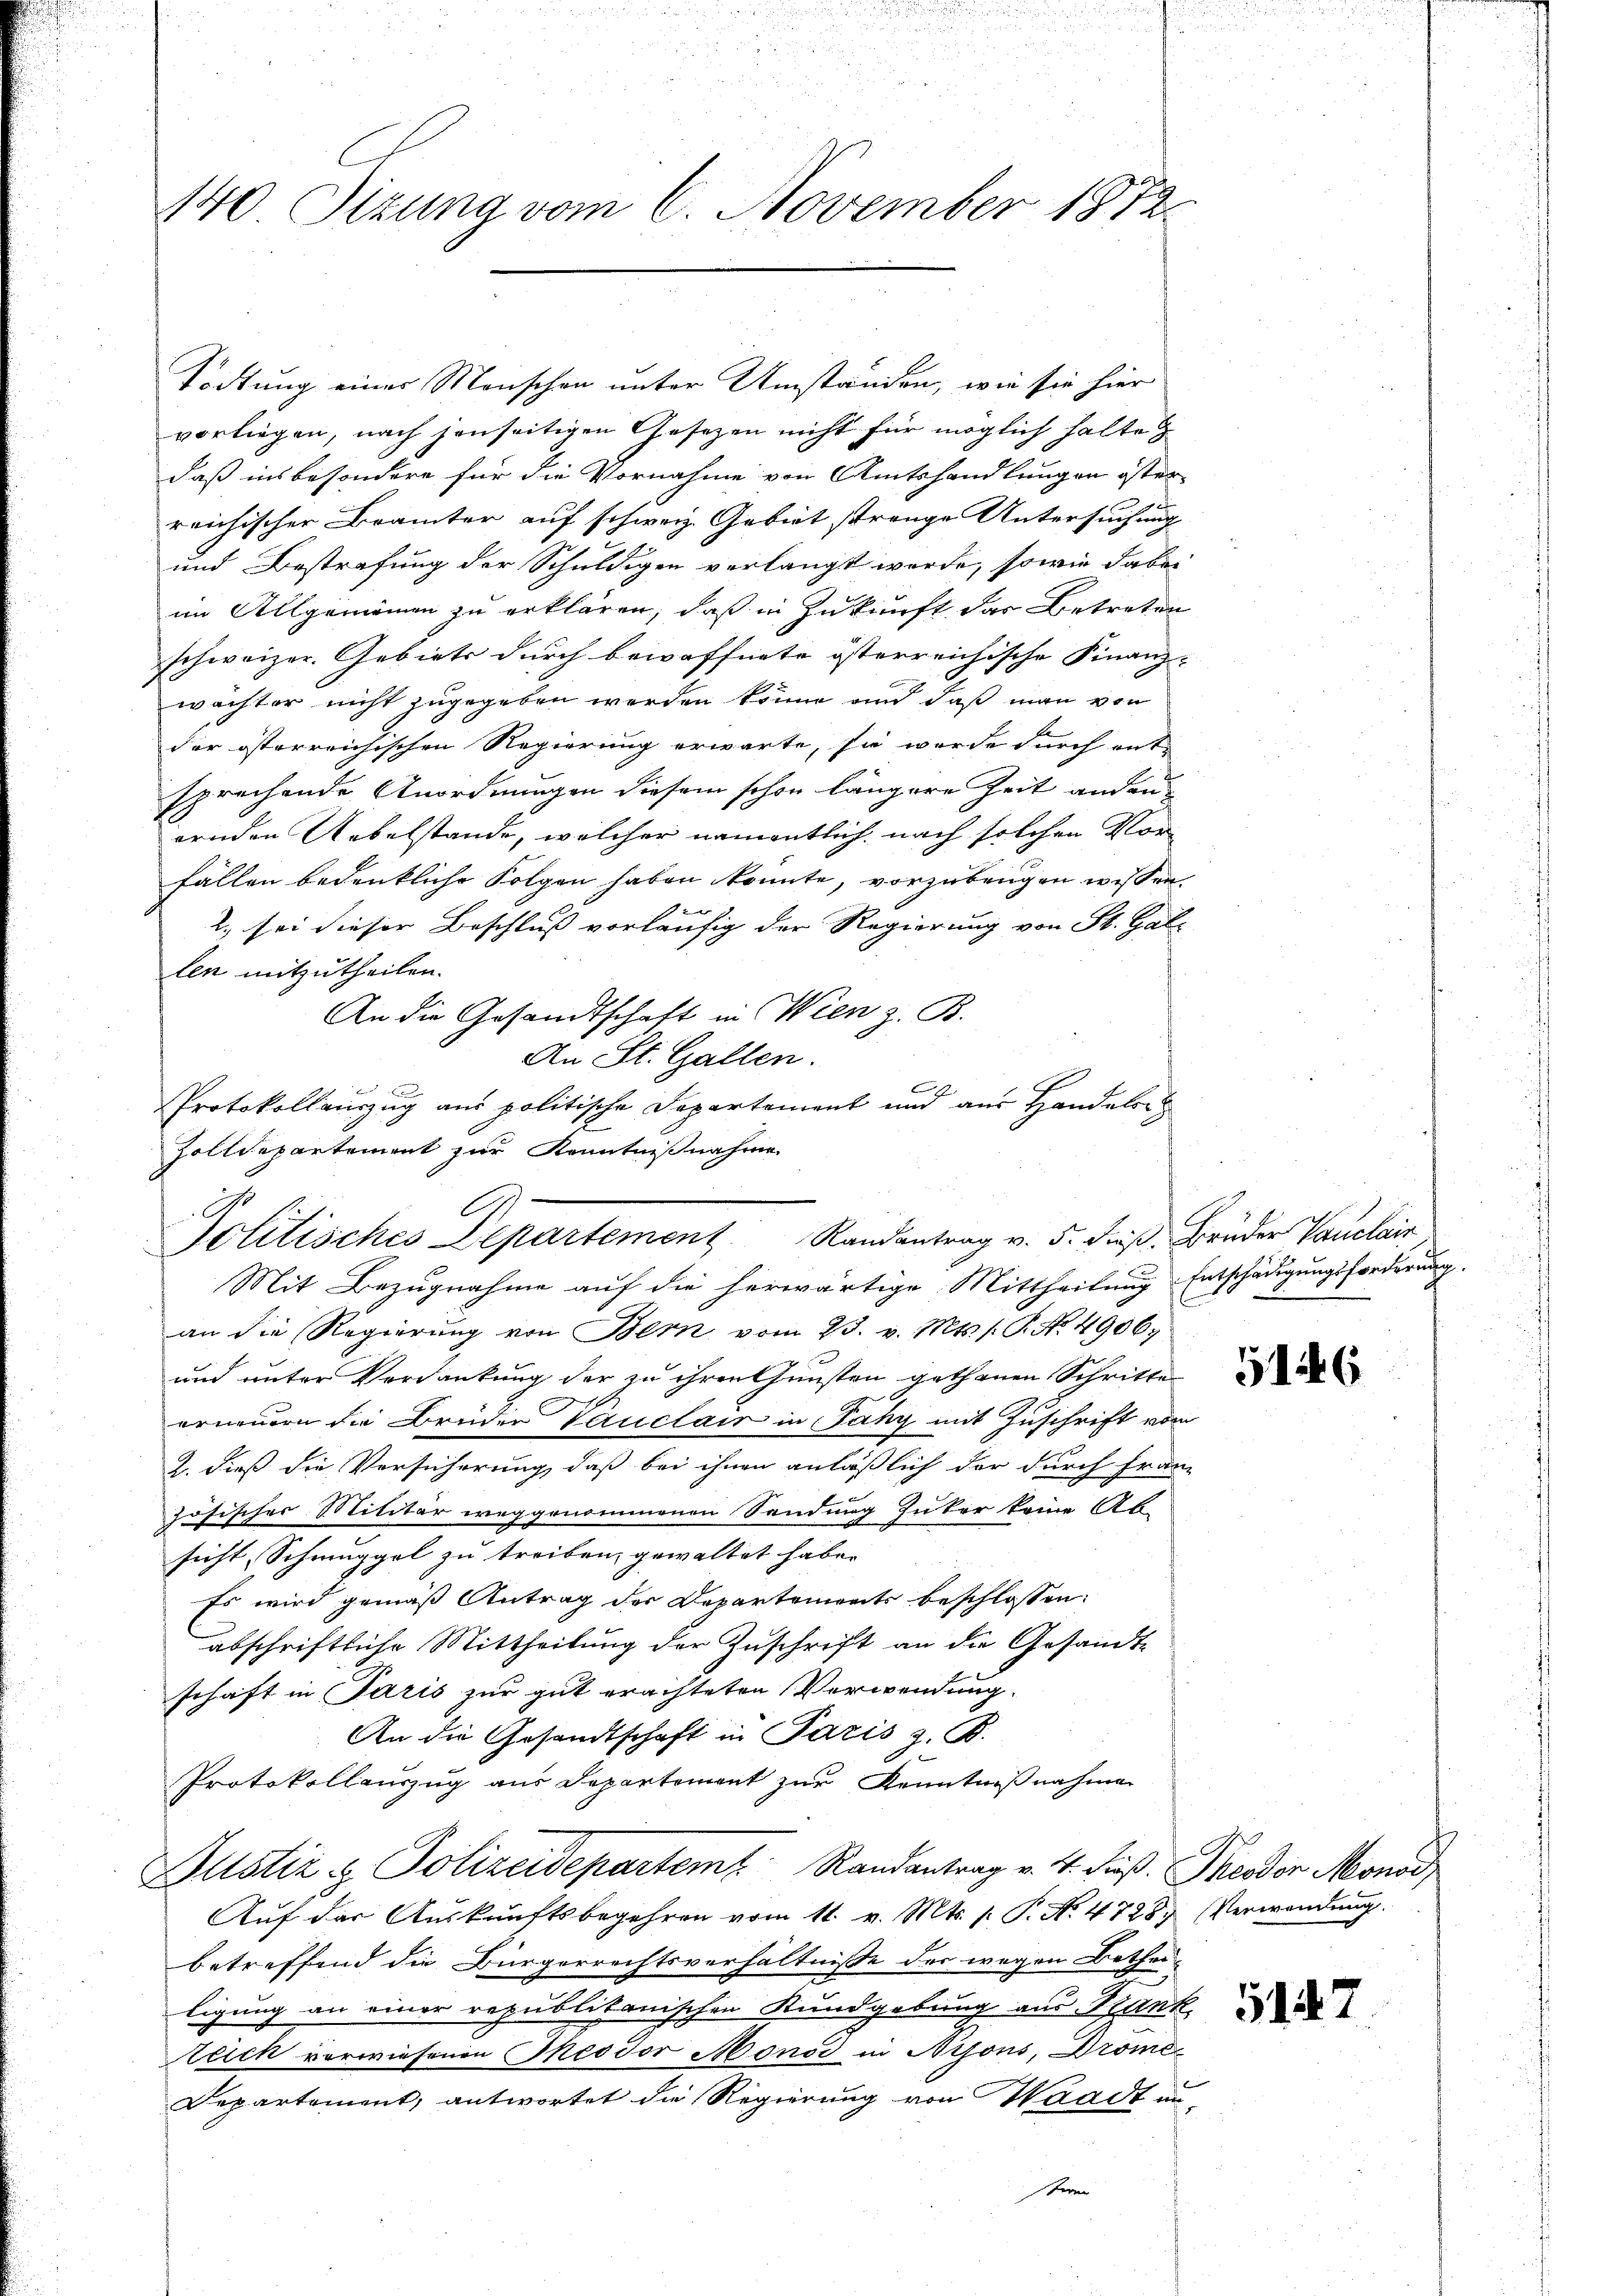
Tödtung eines Menschen unter Umständen, wie sie hier
vorliegen, nach jenseitigen Gesezen nicht für möglich halte
daß insbesondere für die Vornahme von Amtshandlungen öster
reichischer Brämter auf schweiz. Gebiet strenge Untersuchung
und Bestrafung der Schuldigen verlangt werde, sowie dabei
im Allgemeinen zu erklären, daß in Zukunft das Betreten
schweizer. Gebiete durch bewaffnete österreichische Finanz-
wächter nicht zugegeben werden könne und daß man von
der österreichischen Regierung erwarte, sie wurde durch ent
sprechende Anordnungen diesem schon längere Zeit anden
ernden Uebelstände, welcher namentlich, nach solchen Vorfällen bedenkliche Folgen haben könnte, vorzubeugen wissen.
eert der
2. sei dieser Beschluß vorläufig der Regierung von St. Gal-
len mitzutheilen.
An die Gesandtschaft in Wien z. B.
An St. Gallen.
C
PProtokollauszug aus politische Departement und aus Handaler
Zolldepartement zur Kenntnißnahme

140 Sizung vom 6. November 1872.

l
Mo
Solitisches Departement Randantrag v. 5. dieβ. Brüder Vauclain
Mit Bezugnahme auf die herwärtige Mittheilung Entschädigungsforderung.

an die Regierŭng von Bern vom 23. v. Mts. /: P. No. 49067
und unter Verdankung der zu ihren Gunsten gethanen Schritte
erneuern die Brüder Veruclair in Fahy mit Zuschrift vom
2. dieß die Versicherung, daß bei ihnen anläßlich der durch Franz
zösisches Militär weggenommenen Sendung Güter keine Ab
sicht, Schmuggel zu treiben gewaltet haben
Es wird gemäß Antrag der Departements beschlossen:
abschriftliche Mittheilung der Zuschrift an die Gesandt-
schaft in Paris zur gut erachteten Verwendung.
An die Gesandtschaft in Paris z. B.
.
Protokollauszug aus Departement zur Kenntnißnahmen
Justiz & Polizeidepartem Randantrag v. 4. Fuß. Theodor Monod
Auf der Auskunftsbegehren vom 11. v. Mts. s. P. No. 4728) Verwendung.
betreffend die Bürgerrechtsverhältnisse des wegen Betheiligung an einer republikanischen Kundgebung aus Bank
Reich verwiesenen Theodor Monod in Aisons, Drome
Departement, antwortet die Regierung von Waadt in

51446

5147